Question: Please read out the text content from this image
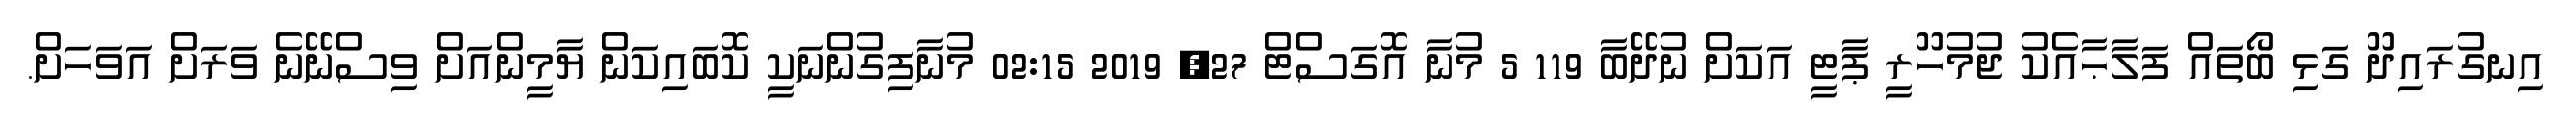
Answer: އިނގުރައިދޫ ގަޅި ބޯތައް ފަލާޙާއެކު ޖުމުހޫރީ ޕާޓީ އަކަށް ނުދޭބާ 119 5 މުނާ އޮގަސްޓް 27, 2019 02:15 މުނާފިގުންނަކީ ކޮބައިކަން ޔާމީންއަށް ވިސްނޭނެ ވަރަށް އަވަހަށް.